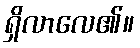
ရှိလာလေ၏။